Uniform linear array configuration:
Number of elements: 8
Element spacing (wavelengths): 0.25
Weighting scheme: hann
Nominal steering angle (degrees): -30
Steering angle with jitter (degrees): -29.199
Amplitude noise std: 0.05
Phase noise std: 0.05

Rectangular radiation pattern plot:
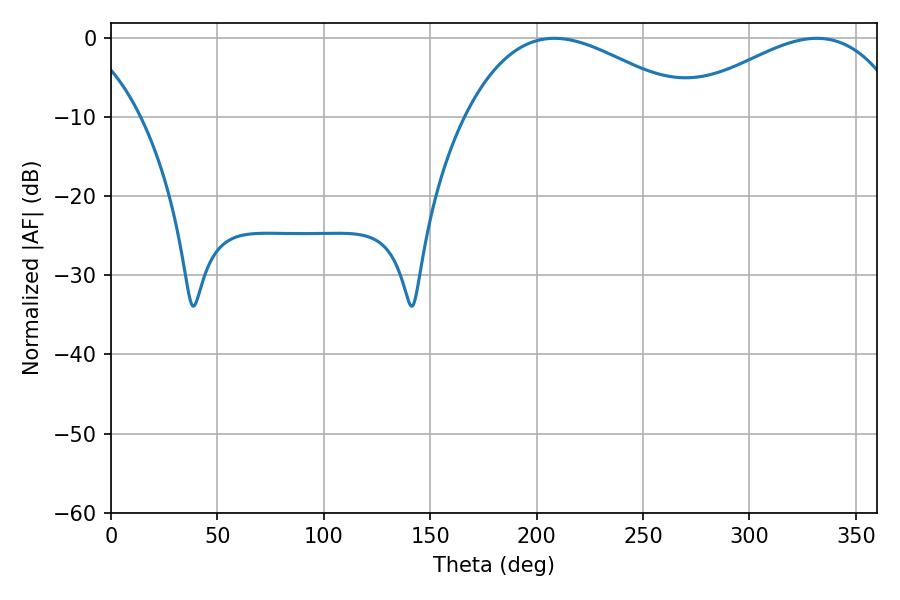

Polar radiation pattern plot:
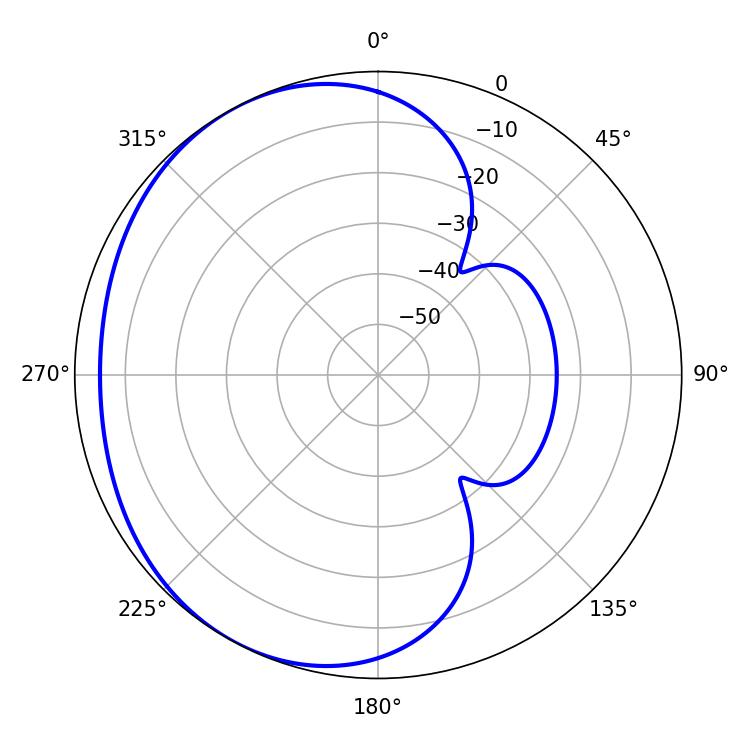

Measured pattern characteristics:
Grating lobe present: FALSE
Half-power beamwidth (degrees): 58.86
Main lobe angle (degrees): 208.44